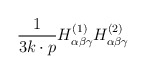
\begin{align*}{1\over 3 k\cdot p} H^{(1)}_{\alpha\beta\gamma} H^{(2)}_{\alpha\beta\gamma}\end{align*}